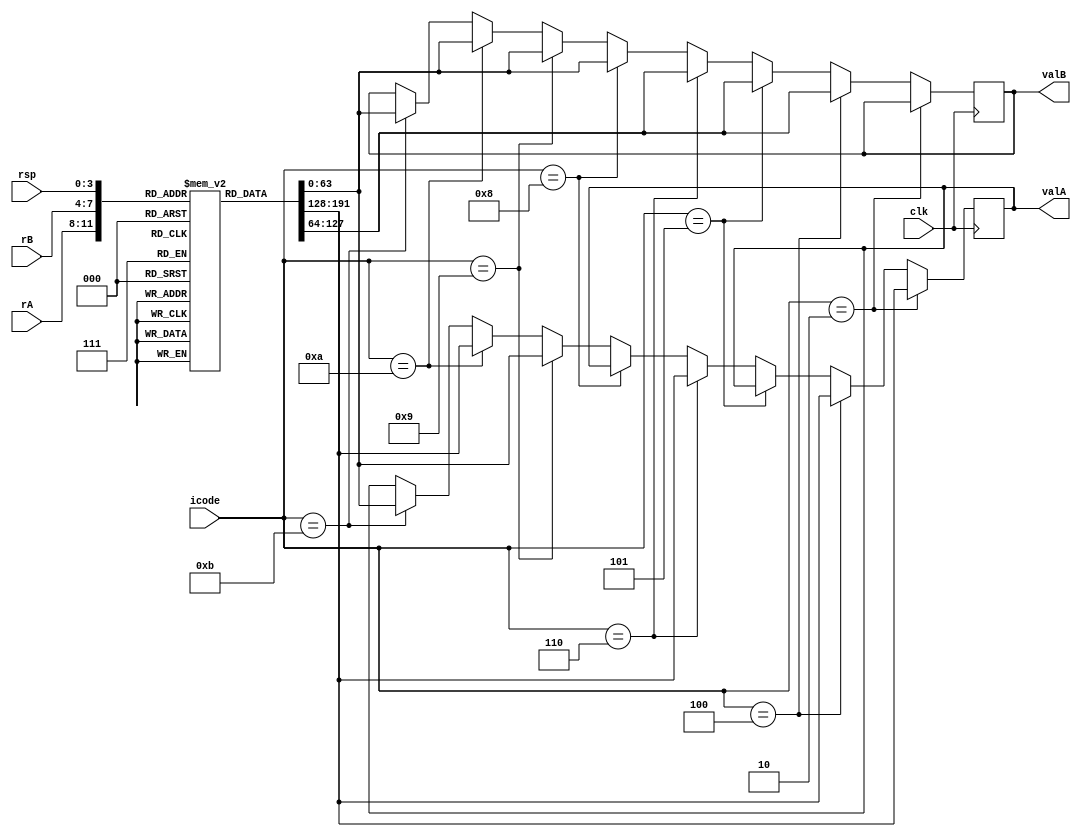
module decode(clk,icode,rA,rB,rsp,valA,valB);

  input clk;
  input [3:0] icode;
  input [3:0] rA;
  input [3:0] rB;
  input [3:0] rsp;
  output reg [63:0] valA;
  output reg [63:0] valB;
 // reg reg_index;

  reg [63:0] reg_mem[0:14];
  
  //reg_index = rA[3] + rA[2]*2 + rA[1]*4 + rA[0]*8;
  
  initial begin 
    reg_mem[0] = 64'b0010;
    reg_mem[1] = 64'b0011;
    reg_mem[2] = 64'b0;
    reg_mem[3] = 64'b0;
    reg_mem[4] = 64'b0;
    reg_mem[5] = 64'b0;
    reg_mem[6] = 64'b0;
    reg_mem[7] = 64'b0;
    reg_mem[8] = 64'b0;
    reg_mem[9] = 64'b0;
    reg_mem[10] = 64'b0;
    reg_mem[11] = 64'b0;
    reg_mem[12] = 64'b0; 
    reg_mem[13] = 64'b0;
    reg_mem[14] = 64'b0;
    end 
  
  //decode
  always@(posedge clk)
  
  begin
    
    if(icode == 4'b0010) 
    begin
      valA = reg_mem[rA];
    end
    
    else if(icode == 4'b0100) 
    begin
      valA = reg_mem[rA];
      valB = reg_mem[rB];
    end
    
    else if(icode == 4'b0101) 
    begin
      valB = reg_mem[rB];
    end
    
    else if(icode == 4'b0110) 
    begin
      valA = reg_mem[rA];
      valB = reg_mem[rB];
    end
    
    else if(icode == 4'b1000) 
    begin
      valB=reg_mem[rsp]; 
    end
    
    else if(icode == 4'b1001) 
    begin
      valA = reg_mem[rsp];
      valB = reg_mem[rsp]; 
    end
    
    else if(icode == 4'b1010) 
    begin
      valA = reg_mem[rA];
      valB = reg_mem[rsp]; 
    end
    
    else if(icode == 4'b1011) 
    begin
      valA = reg_mem[rsp]; 
      valB = reg_mem[rsp]; 
    end
    
  end
  
    endmodule